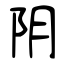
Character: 阴